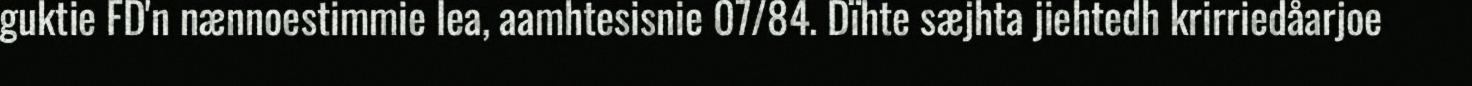
guktie FD'n nænnoestimmie lea, aamhtesisnie 07/84. Dïhte sæjhta jiehtedh krirriedåarjoe